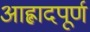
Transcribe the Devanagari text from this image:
आह्लादपूर्ण